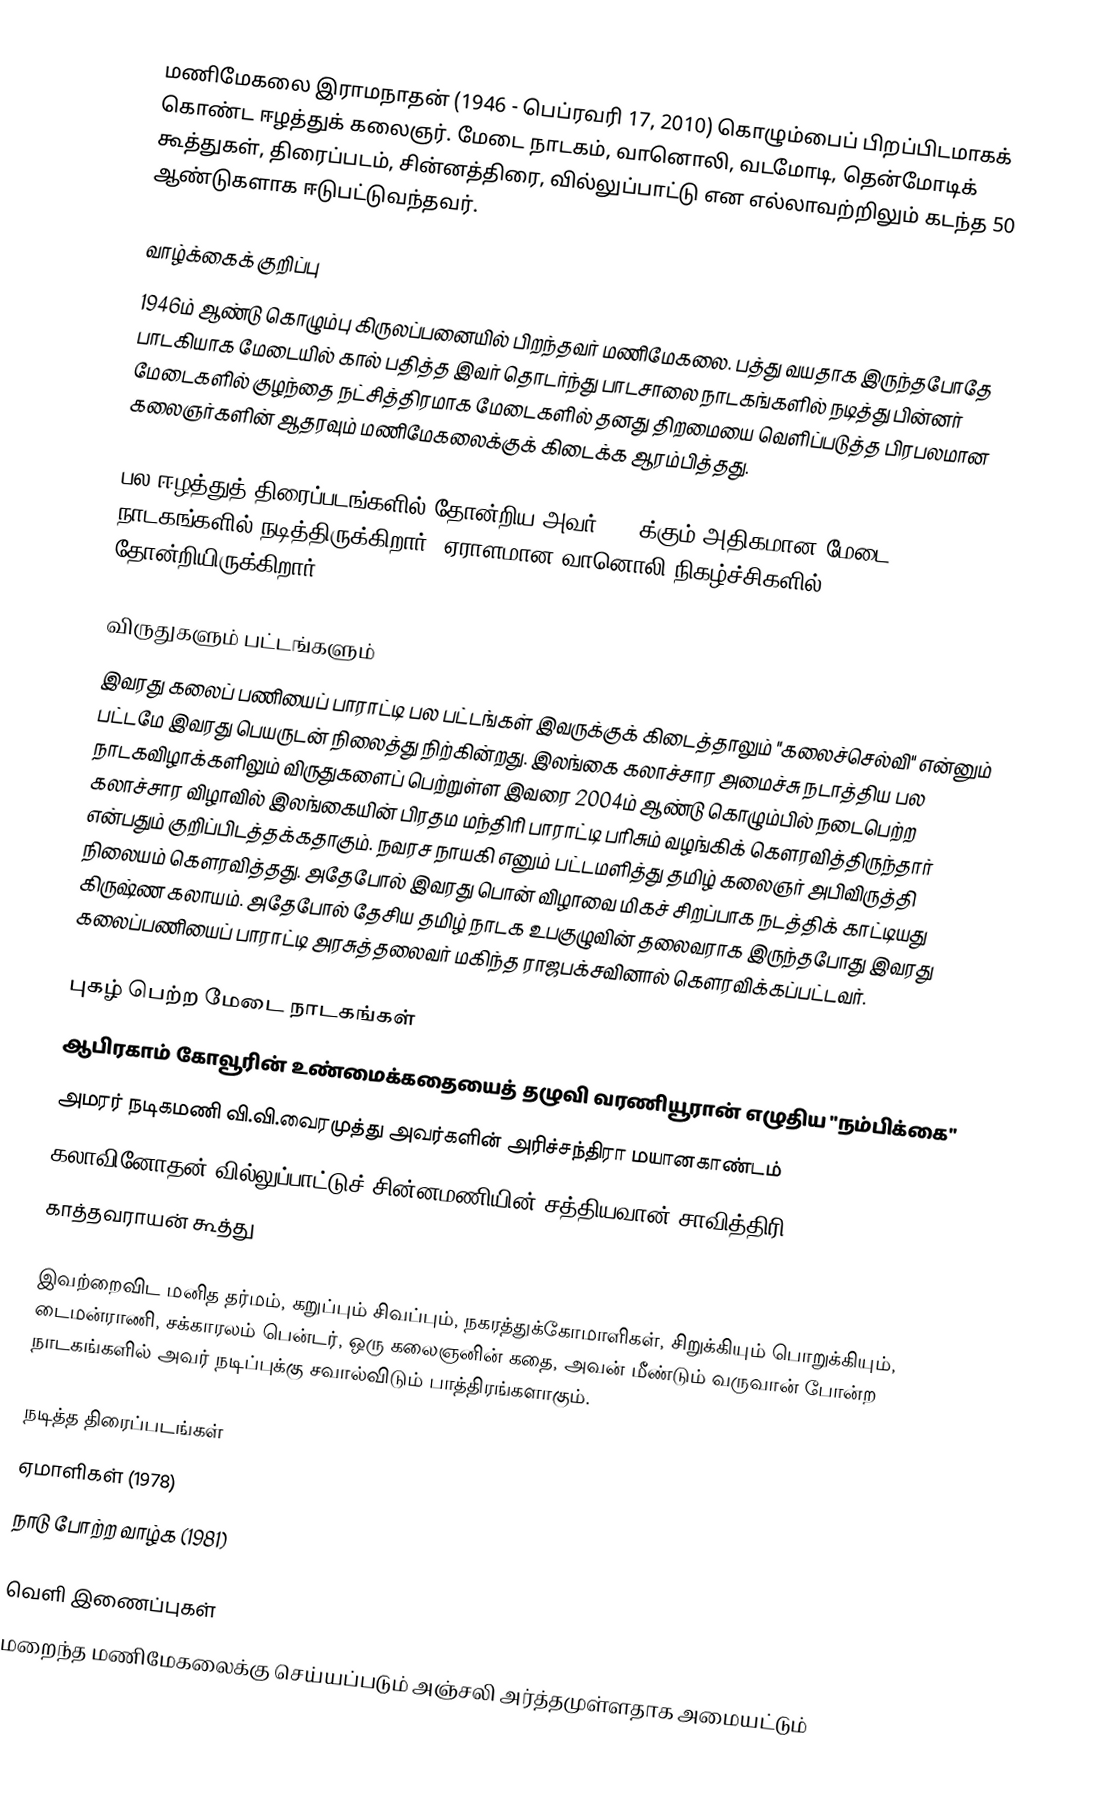
மணிமேகலை இராமநாதன் (1946 - பெப்ரவரி 17, 2010) கொழும்பைப் பிறப்பிடமாகக் கொண்ட ஈழத்துக் கலைஞர். மேடை நாடகம், வானொலி, வடமோடி, தென்மோடிக் கூத்துகள், திரைப்படம், சின்னத்திரை, வில்லுப்பாட்டு என எல்லாவற்றிலும் கடந்த 50 ஆண்டுகளாக ஈடுபட்டுவந்தவர்.

வாழ்க்கைக் குறிப்பு
1946ம் ஆண்டு கொழும்பு கிருலப்பனையில் பிறந்தவர் மணிமேகலை. பத்து வயதாக இருந்தபோதே பாடகியாக மேடையில் கால் பதித்த இவர் தொடர்ந்து பாடசாலை நாடகங்களில் நடித்து பின்னர் மேடைகளில் குழந்தை நட்சித்திரமாக மேடைகளில் தனது திறமையை வெளிப்படுத்த பிரபலமான கலைஞர்களின் ஆதரவும் மணிமேகலைக்குக் கிடைக்க ஆரம்பித்தது.

பல ஈழத்துத் திரைப்படங்களில் தோன்றிய அவர் 300 க்கும் அதிகமான மேடை நாடகங்களில் நடித்திருக்கிறார். ஏராளமான வானொலி நிகழ்ச்சிகளில் தோன்றியிருக்கிறார்.

விருதுகளும் பட்டங்களும்
இவரது கலைப் பணியைப் பாராட்டி பல பட்டங்கள் இவருக்குக் கிடைத்தாலும் "கலைச்செல்வி" என்னும் பட்டமே இவரது பெயருடன் நிலைத்து நிற்கின்றது. இலங்கை கலாச்சார அமைச்சு நடாத்திய பல நாடகவிழாக்களிலும் விருதுகளைப் பெற்றுள்ள இவரை 2004ம் ஆண்டு கொழும்பில் நடைபெற்ற கலாச்சார விழாவில் இலங்கையின் பிரதம மந்திரி பாராட்டி பரிசும் வழங்கிக் கௌரவித்திருந்தார் என்பதும் குறிப்பிடத்தக்கதாகும். நவரச நாயகி எனும் பட்டமளித்து தமிழ் கலைஞர் அபிவிருத்தி நிலையம் கெளரவித்தது. அதேபோல் இவரது பொன் விழாவை மிகச் சிறப்பாக நடத்திக் காட்டியது கிருஷ்ண கலாயம். அதேபோல் தேசிய தமிழ் நாடக உபகுழுவின் தலைவராக இருந்தபோது இவரது கலைப்பணியைப் பாராட்டி அரசுத்தலைவர் மகிந்த ராஜபக்சவினால் கெளரவிக்கப்பட்டவர்.

புகழ் பெற்ற மேடை நாடகங்கள்
 ஆபிரகாம் கோவூரின் உண்மைக்கதையைத் தழுவி வரணியூரான் எழுதிய "நம்பிக்கை"
 அமரர் நடிகமணி வி.வி.வைரமுத்து அவர்களின் அரிச்சந்திரா மயானகாண்டம்
 கலாவினோதன் வில்லுப்பாட்டுச் சின்னமணியின் சத்தியவான் சாவித்திரி
 காத்தவராயன் கூத்து

இவற்றைவிட மனித தர்மம், கறுப்பும் சிவப்பும், நகரத்துக்கோமாளிகள், சிறுக்கியும் பொறுக்கியும், டைமன்ராணி, சக்காரலம் பென்டர், ஒரு கலைஞனின் கதை, அவன் மீண்டும் வருவான் போன்ற நாடகங்களில் அவர் நடிப்புக்கு சவால்விடும் பாத்திரங்களாகும்.

நடித்த திரைப்படங்கள்
ஏமாளிகள் (1978)
நாடு போற்ற வாழ்க (1981)

வெளி இணைப்புகள்
மறைந்த மணிமேகலைக்கு செய்யப்படும் அஞ்சலி அர்த்தமுள்ளதாக அமையட்டும்